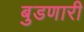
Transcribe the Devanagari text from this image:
बुडणारी